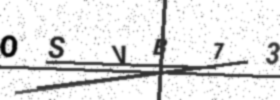
Text: OSVB73